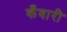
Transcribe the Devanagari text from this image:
कँवारी